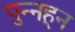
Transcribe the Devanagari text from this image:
पुन्नहून